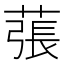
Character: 𦸾